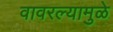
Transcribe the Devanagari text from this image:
वावरल्यामुळे